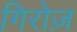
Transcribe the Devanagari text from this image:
गिरोज़